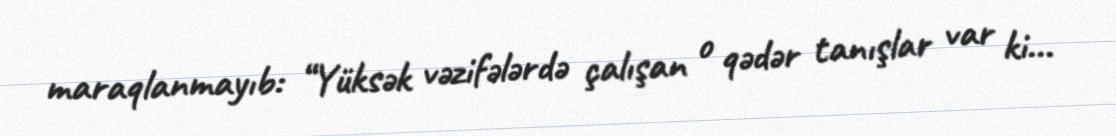
maraqlanmayıb: “Yüksək vəzifələrdə çalışan o qədər tanışlar var ki...